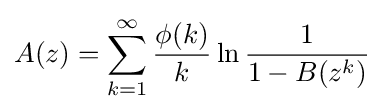
A(z)=\sum _{k=1}^{\infty }{\frac {\phi (k)}{k}}\ln {\frac {1}{1-B(z^{k})}}